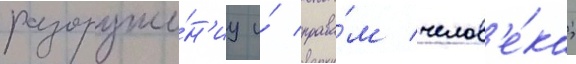
разоруже́н'иу и́ права́м челов'е́ка;